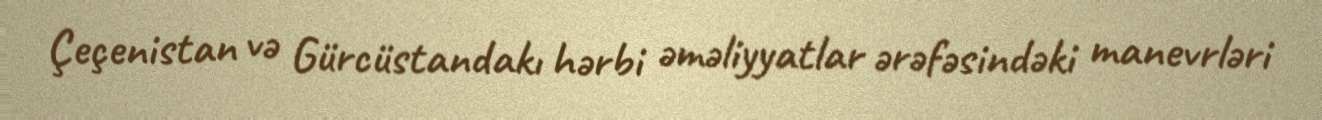
Çeçenistan və Gürcüstandakı hərbi əməliyyatlar ərəfəsindəki manevrləri